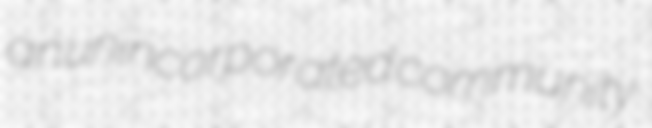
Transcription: an unincorporated community